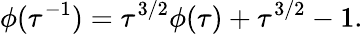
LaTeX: \phi(\tau^{-1})=\tau^{3/2}\phi(\tau)+\tau^{3/2}-1.